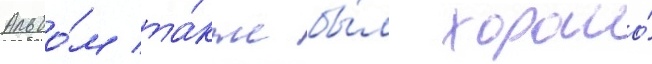
Альбо́м та́кже бы́л хорошо́